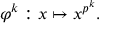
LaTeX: \varphi ^ { k } : x \mapsto x ^ { p ^ { k } } .